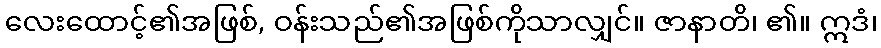
လေးထောင့်၏အဖြစ်, ဝန်းသည်၏အဖြစ်ကိုသာလျှင်။ ဇာနာတိ၊ ၏။ ဣဒံ၊